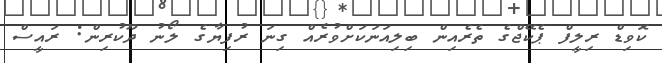
ކޮވިޑް ރިލީފް ޕެކޭޖްގެ ތެރެއިން ބިލިއަނަކަށްވުރެއް ގިނަ ރުފިޔާގެ ލޯނު ދޫކުރިން: ރައީސް